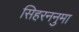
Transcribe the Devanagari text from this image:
सिहरननुमा